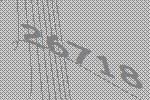
26718